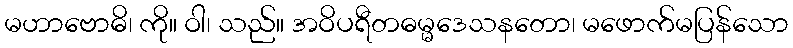
မဟာဗောဓိ၊ ကို။ ဝါ၊ သည်။ အဝိပရီတဓမ္မဒေသနတော၊ မဖောက်မပြန်သော